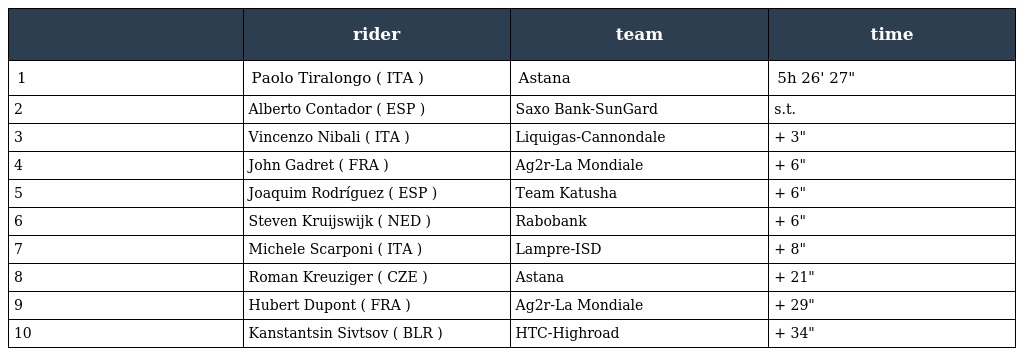
|  | rider | team | time |
 | --- | --- | --- | --- |
 | 1 | Paolo Tiralongo ( ITA ) | Astana | 5h 26' 27" |
 | 2 | Alberto Contador ( ESP ) | Saxo Bank-SunGard | s.t. |
 | 3 | Vincenzo Nibali ( ITA ) | Liquigas-Cannondale | + 3" |
 | 4 | John Gadret ( FRA ) | Ag2r-La Mondiale | + 6" |
 | 5 | Joaquim Rodríguez ( ESP ) | Team Katusha | + 6" |
 | 6 | Steven Kruijswijk ( NED ) | Rabobank | + 6" |
 | 7 | Michele Scarponi ( ITA ) | Lampre-ISD | + 8" |
 | 8 | Roman Kreuziger ( CZE ) | Astana | + 21" |
 | 9 | Hubert Dupont ( FRA ) | Ag2r-La Mondiale | + 29" |
 | 10 | Kanstantsin Sivtsov ( BLR ) | HTC-Highroad | + 34" |